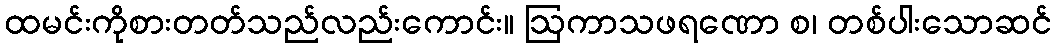
ထမင်းကိုစားတတ်သည်လည်းကောင်း။ ဩကာသဖရဏော စ၊ တစ်ပါးသောဆင်